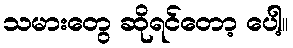
သမားတွေ ဆိုရင်တော့ ပေါ့။